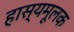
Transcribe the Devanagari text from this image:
हास्यमूलक